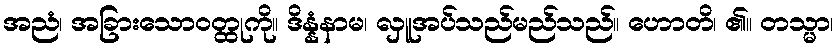
အညံ၊ အခြားသောဝတ္ထုကို။ ဒိန္နံနာမ၊ လှူအပ်သည်မည်သည်။ ဟောတိ၊ ၏။ တသ္မာ၊